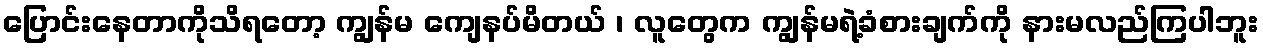
ပြောင်းနေတာကိုသိရတော့ ကျွန်မ ကျေနပ်မိတယ် ၊ လူတွေက ကျွန်မရဲ့ခံစားချက်ကို နားမလည်ကြပါဘူး